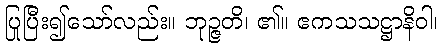
ပြုပြီး၍သော်လည်း။ ဘုဉ္ဇတိ၊ ၏။ ဧကသသဋ္ဌာနိဝါ၊